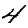
Digit: 4